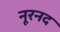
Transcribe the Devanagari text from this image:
नूरनद